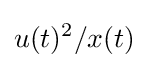
u(t)^{2}/x(t)